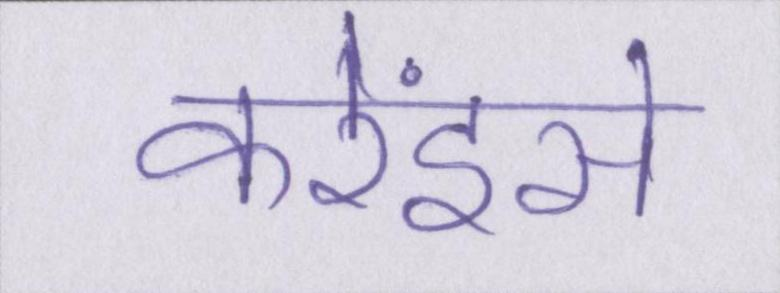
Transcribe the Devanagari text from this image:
करेंइसे